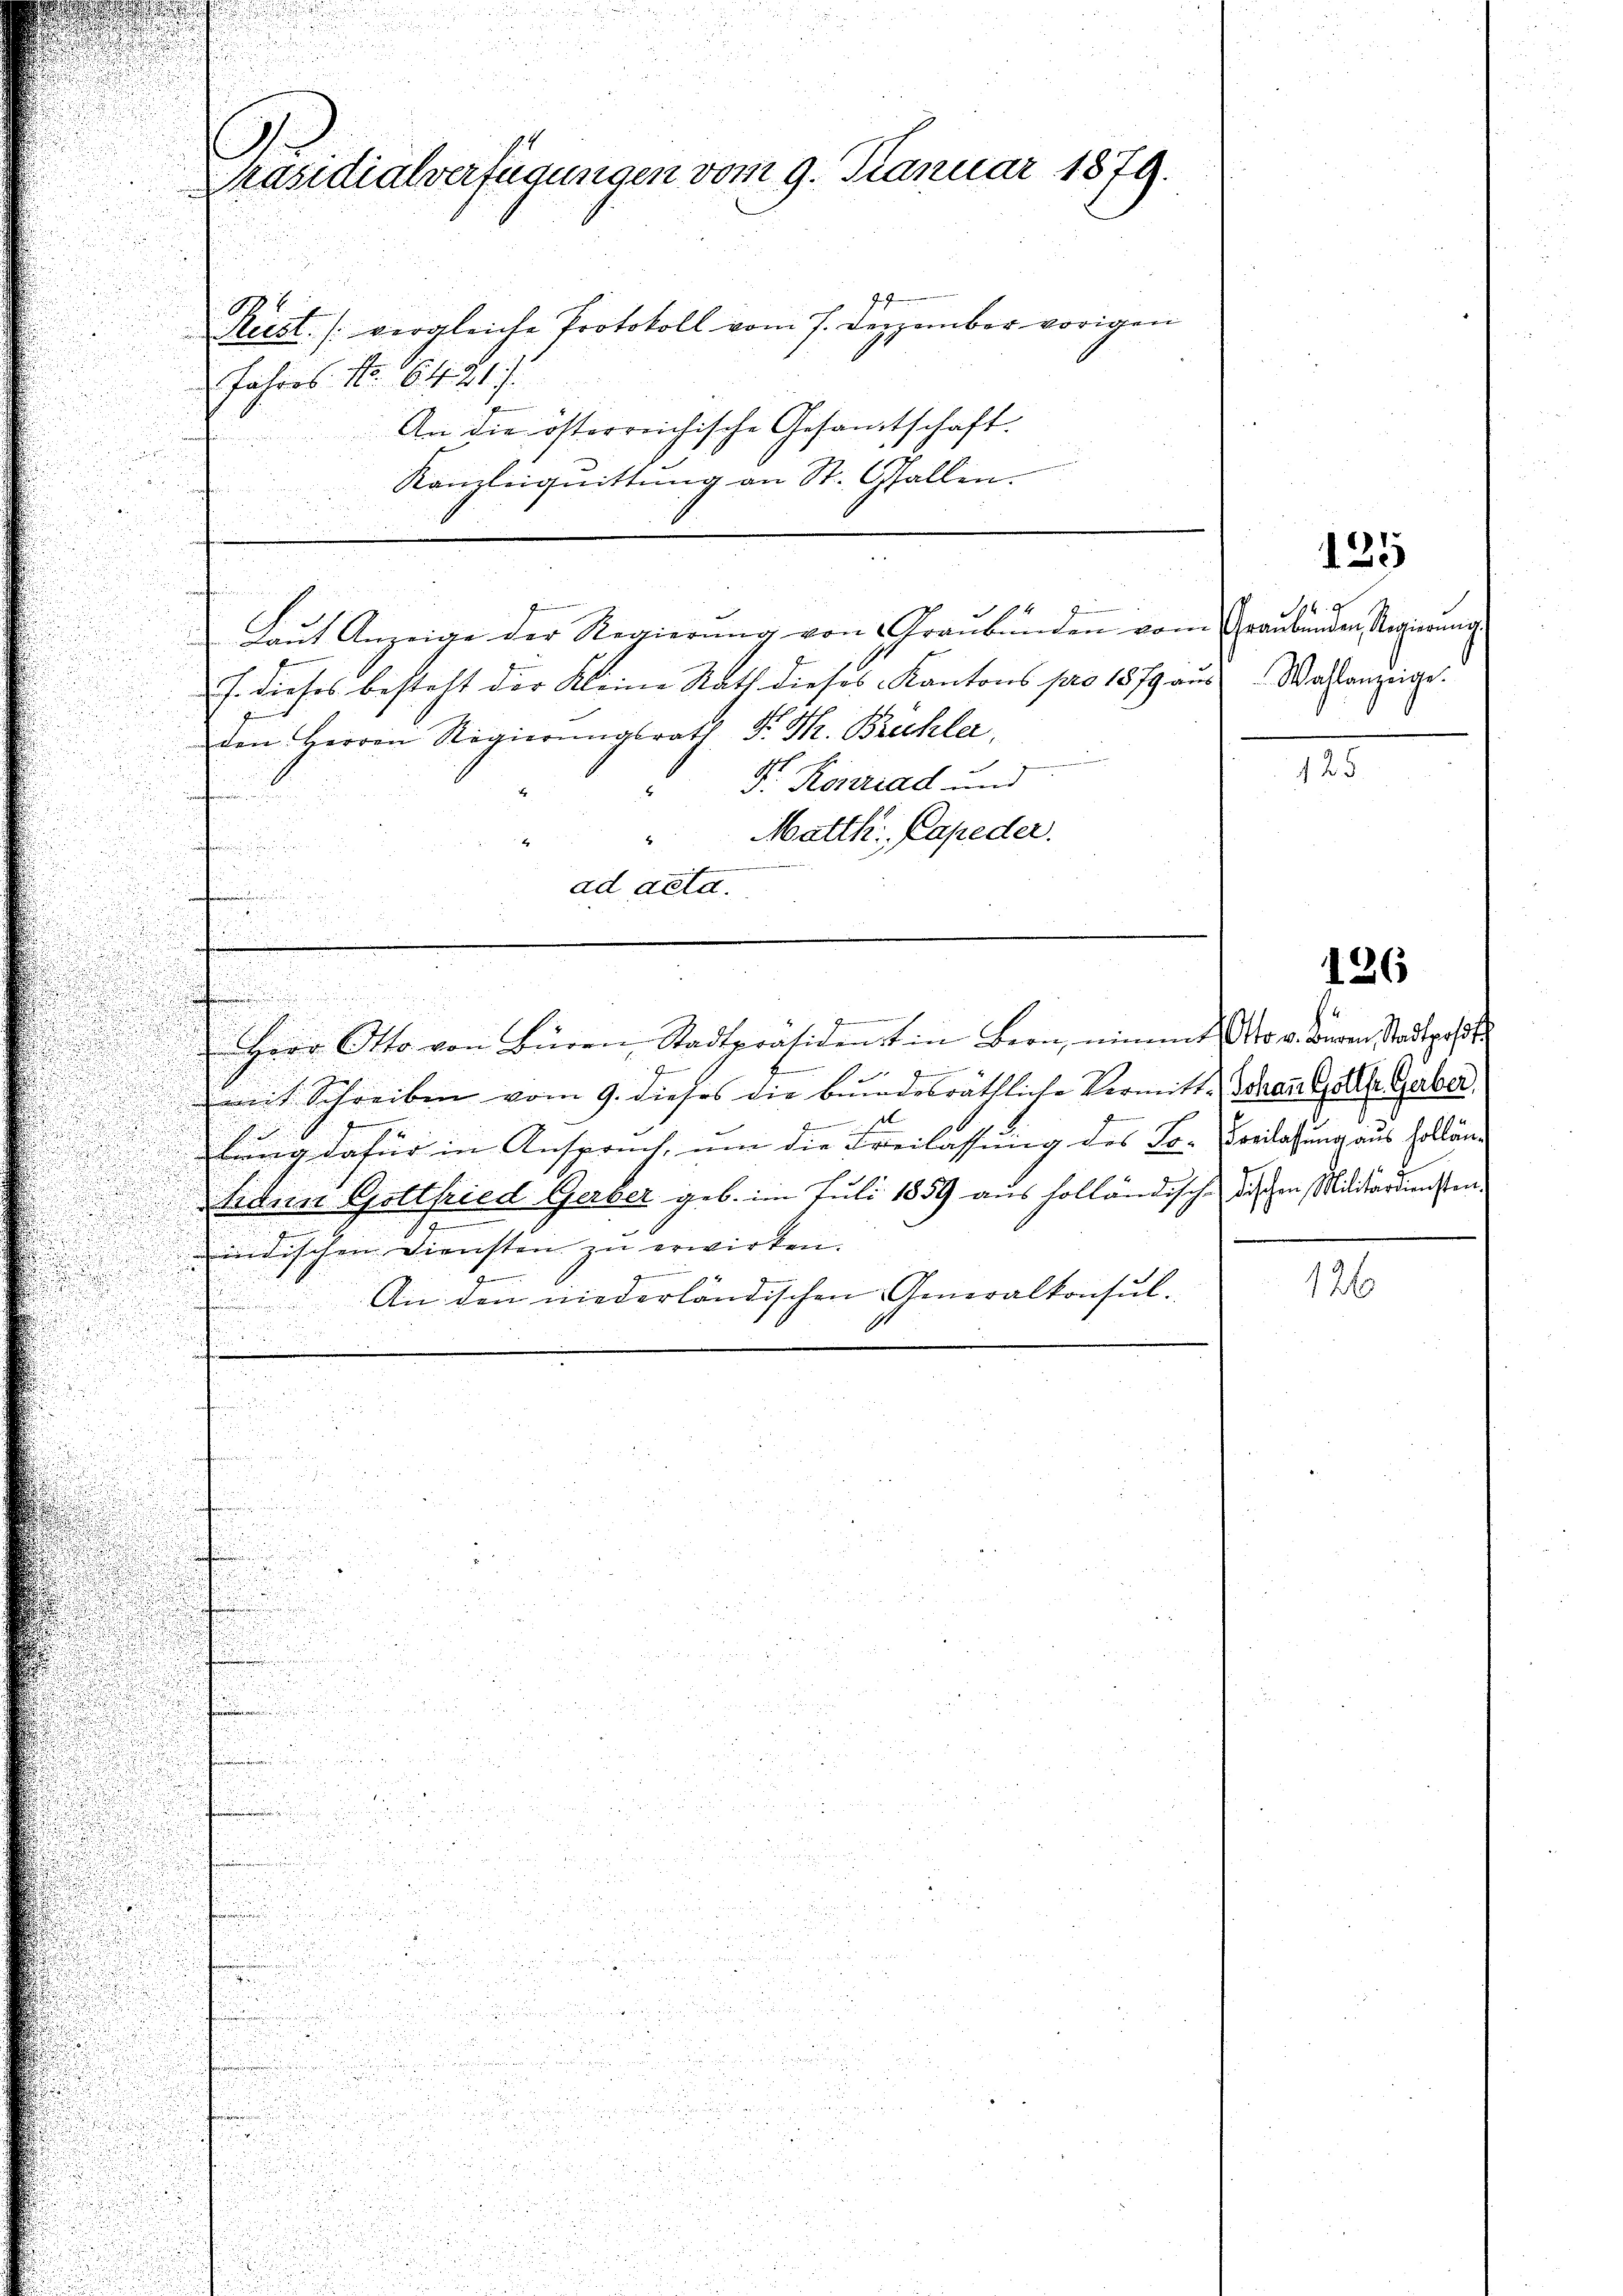
181
Meist. (vergleiche Protokoll vom 7. Dezember vorigen
fahres No. 6421.
An die österreichische Gesamtschaft.
Kanzleiquittung an St. Gallen.
2
Laut Anzeige der Regierung von Graubünden vom
J. dieses besteht der Kleine Rath dieses Kantons pro 1879 aus Wallanzeige.
den Herren Regierungsrath d. M. Brüchler,
in einer eine eine wegen
F. Konrad und
nr
"Matth. Capeder.
.
u
ad acta.
e
7
g
mit Schreiben vom 9. dieses die bendesräthliche Vermittsel
F
7x

tung dafür in Anspruch, um die Freilassung des Se-
tiden Gottfried Gerber geb. im Juli 1859 aus holländisch-
.
1
idischen Diensten in erwirken.
94
G
An den niederländischen Generalkonsula
.
n
a
u

n
25
.

i
u

u
252 2

Präsidialverfügungen vom 9. Januar 1879.

f

z
Herr Otto von Büren Stadtpräsident in Bern, nimmt No v. deren Stadtpolste

135

74
Graŭbenden, Regierŭng.

125

126

(Johann Gottfr. Gerber,
Freilassung aus Hollän
dischen Militärdiensten

126